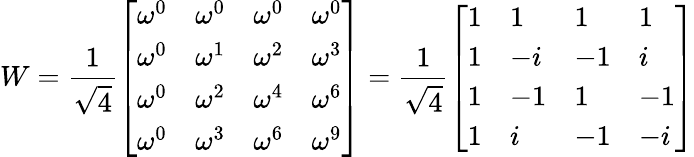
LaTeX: W={\frac{1}{\sqrt{4}}}{\left[\begin{array}{llll}{\omega^{0}}&{\omega^{0}}&{\omega^{0}}&{\omega^{0}}\\ {\omega^{0}}&{\omega^{1}}&{\omega^{2}}&{\omega^{3}}\\ {\omega^{0}}&{\omega^{2}}&{\omega^{4}}&{\omega^{6}}\\ {\omega^{0}}&{\omega^{3}}&{\omega^{6}}&{\omega^{9}}\end{array}\right]}={\frac{1}{\sqrt{4}}}{\left[\begin{array}{llll}{1}&{1}&{1}&{1}\\ {1}&{-i}&{-1}&{i}\\ {1}&{-1}&{1}&{-1}\\ {1}&{i}&{-1}&{-i}\end{array}\right]}